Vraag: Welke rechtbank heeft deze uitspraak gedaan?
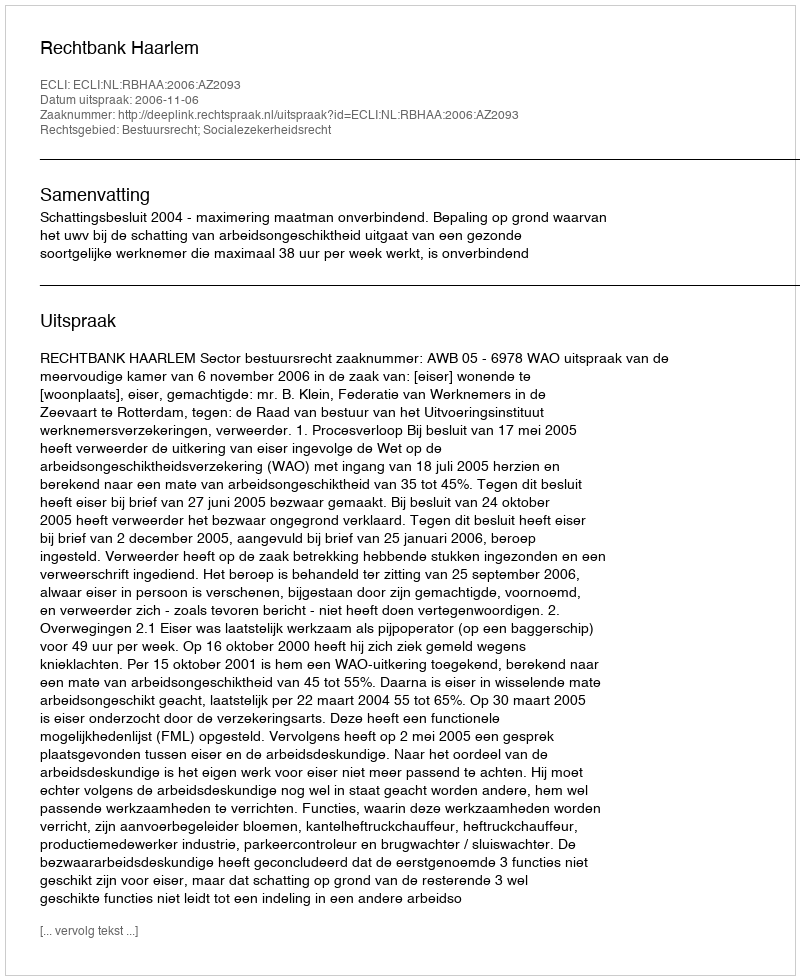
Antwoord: Rechtbank Haarlem